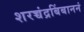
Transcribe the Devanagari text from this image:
शरच्चंद्रबिंबाननं